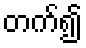
တက်၍